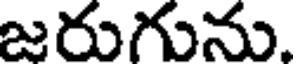
జరుగును.